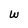
Character: W